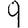
Digit: 9